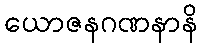
ယောဇနဂဏနာနိ